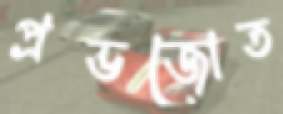
প্রভজোত